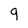
Character: q